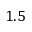
1 . 5